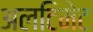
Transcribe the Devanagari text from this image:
अलटिमेट